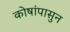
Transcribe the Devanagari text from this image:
कोषांपासुन